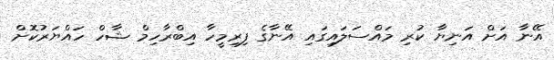
އޭނާ އަށް އަނިޔާ ކުރި މައްސަލައިގައި އޭނާގެ ފިރިމީހާ އިބްރާހިމް ޝާހް ހައްޔަރުކޮށް